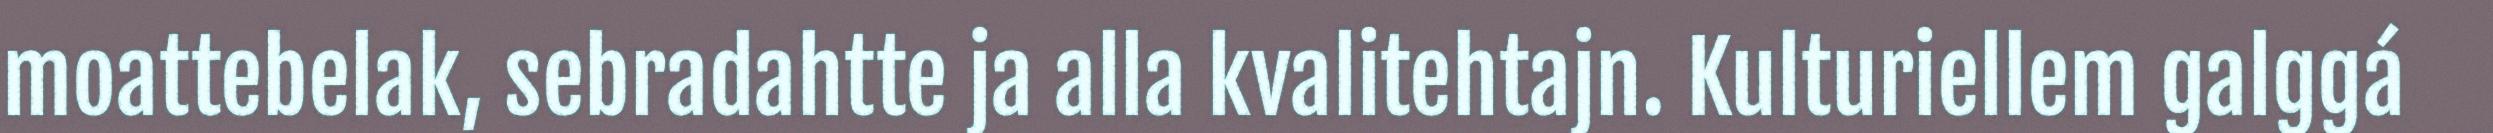
moattebelak, sebradahtte ja alla kvalitehtajn. Kulturiellem galggá